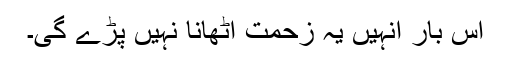
اس بار انہیں یہ زحمت اٹھانا نہیں پڑے گی۔